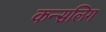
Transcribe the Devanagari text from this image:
कन्सलिग